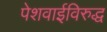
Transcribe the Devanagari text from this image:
पेशवाईविरुद्ध